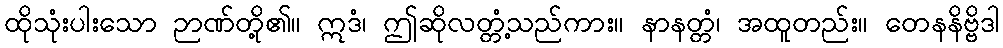
ထိုသုံးပါးသော ဉာဏ်တို့၏။ ဣဒံ၊ ဤဆိုလတ္တံ့သည်ကား။ နာနတ္တံ၊ အထူတည်း။ တေနနိဗ္ဗိဒါ